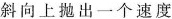
斜向上抛出一个速度